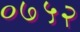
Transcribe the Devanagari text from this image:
०७५२